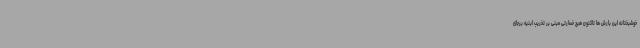
خوشبختانه این بارش ها تاکنون هیچ خسارتی مبنی بر تخریب ابنیه برجای